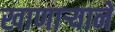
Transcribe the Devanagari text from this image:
खाणाऱ्याने